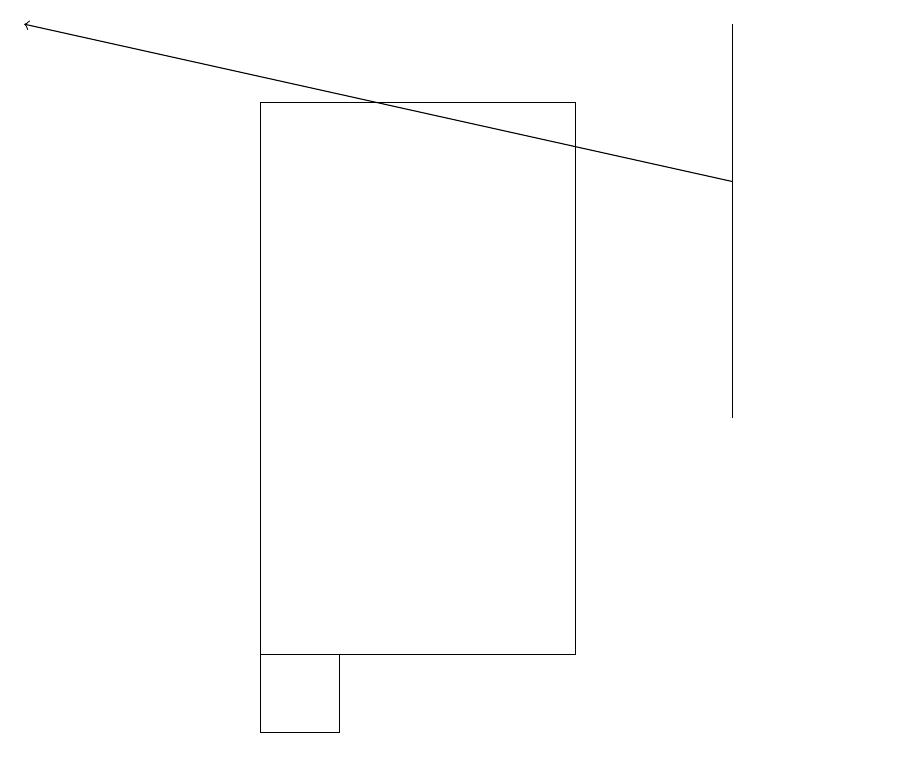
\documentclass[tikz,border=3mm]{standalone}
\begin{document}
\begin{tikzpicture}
\draw (7,11) rectangle (3,18);
\draw (11,11) circle (0);
\draw[->] (9,17) -- (0,19);
\draw (9,14) rectangle (9,19);
\draw (4,11) rectangle (3,10);
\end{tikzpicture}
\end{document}